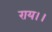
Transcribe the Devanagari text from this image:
राय।।